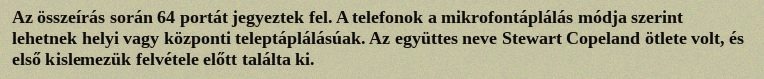
Az összeírás során 64 portát jegyeztek fel. A telefonok a mikrofontáplálás módja szerint lehetnek helyi vagy központi teleptáplálásúak. Az együttes neve Stewart Copeland ötlete volt, és első kislemezük felvétele előtt találta ki.